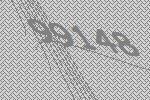
99148